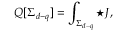
Q [ \Sigma _ { d - q } ] = \int _ { \Sigma _ { d - q } } { \star J } ,